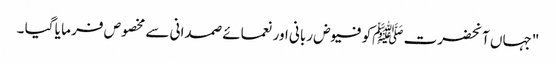
"جہاں آنحضرت ﷺکو فیوض ربانی اور نعمائے صمدانی سے مخصوص فر ما یا گیا ۔